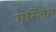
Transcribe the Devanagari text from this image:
मस्लिम